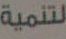
لتنمية